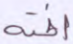
أخنه